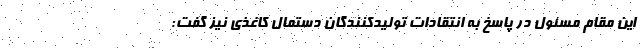
این مقام مسئول در پاسخ به انتقادات تولیدکنندگان دستمال کاغذی نیز گفت: